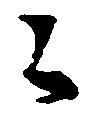
々